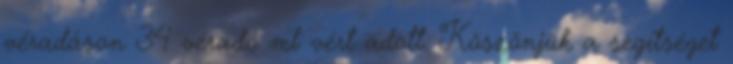
véradáson 34 véradó ml vért adott. Köszönjük a segítséget